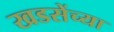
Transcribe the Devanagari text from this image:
खडसेंच्या